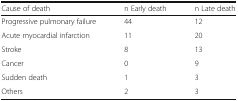
<table><thead><tr><td><b>Cause of death</b></td><td><b>n Early death</b></td><td><b>n Late death</b></td></tr></thead><tbody><tr><td>Progressive pulmonary failure</td><td>44</td><td>12</td></tr><tr><td>Acute myocardial infarction</td><td>11</td><td>20</td></tr><tr><td>Stroke</td><td>8</td><td>13</td></tr><tr><td>Cancer</td><td>0</td><td>9</td></tr><tr><td>Sudden death</td><td>1</td><td>3</td></tr><tr><td>Others</td><td>2</td><td>3</td></tr></tbody></table>